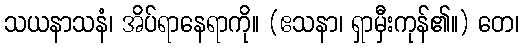
သယနာသနံ၊ အိပ်ရာနေရာကို။ (ဧသနာ၊ ရှာမှီးကုန်၏။) တေ၊